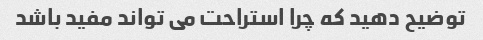
توضیح دهید که چرا استراحت می تواند مفید باشد